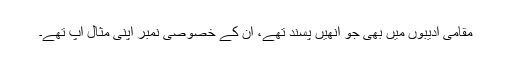
مقامی ادیبوں میں بھی جو اُنھیں پسند تھے، اُن کے خصوصی نمبر اپنی مثال آپ تھے۔